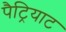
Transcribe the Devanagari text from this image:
पैट्रियाट